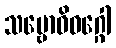
သမ္ဗောဓိဝဂ္ဂေါ